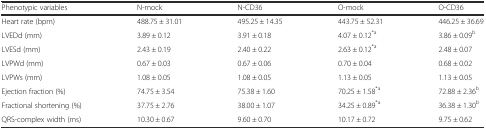
<table><thead><tr><td><b>Phenotypic variables</b></td><td><b>N-mock</b></td><td><b>N-CD36</b></td><td><b>O-mock</b></td><td><b>O-CD36</b></td></tr></thead><tbody><tr><td>Heart rate (bpm)</td><td>488.75 ± 31.01</td><td>495.25 ± 14.35</td><td>443.75 ± 52.31</td><td>446.25 ± 36.69</td></tr><tr><td>LVEDd (mm)</td><td>3.89 ± 0.12</td><td>3.91 ± 0.18</td><td>4.07 ± 0.12<sup>*a</sup></td><td>3.86 ± 0.09<sup>b</sup></td></tr><tr><td>LVESd (mm)</td><td>2.43 ± 0.19</td><td>2.40 ± 0.22</td><td>2.63 ± 0.12<sup>*a</sup></td><td>2.48 ± 0.07</td></tr><tr><td>LVPWd (mm)</td><td>0.67 ± 0.03</td><td>0.67 ± 0.06</td><td>0.70 ± 0.04</td><td>0.68 ± 0.02</td></tr><tr><td>LVPWs (mm)</td><td>1.08 ± 0.05</td><td>1.08 ± 0.05</td><td>1.13 ± 0.05</td><td>1.13 ± 0.05</td></tr><tr><td>Ejection fraction (%)</td><td>74.75 ± 3.54</td><td>75.38 ± 1.60</td><td>70.25 ± 1.58<sup>*a</sup></td><td>72.88 ± 2.36<sup>b</sup></td></tr><tr><td>Fractional shortening (%)</td><td>37.75 ± 2.76</td><td>38.00 ± 1.07</td><td>34.25 ± 0.89<sup>*a</sup></td><td>36.38 ± 1.30<sup>b</sup></td></tr><tr><td>QRS-complex width (ms)</td><td>10.30 ± 0.67</td><td>9.60 ± 0.70</td><td>10.17 ± 0.72</td><td>9.75 ± 0.62</td></tr></tbody></table>